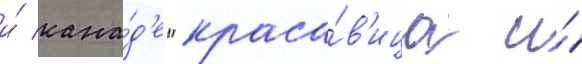
и́ кана́д'е "краса́в'ица и́